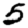
Digit: 5